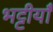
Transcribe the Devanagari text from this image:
भट्टीयाँ